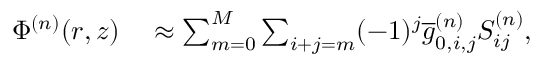
\begin{array} { r l } { \Phi ^ { ( n ) } ( r , z ) } & { { } \approx \sum _ { m = 0 } ^ { M } \sum _ { i + j = m } ( - 1 ) ^ { j } \overline { { g } } _ { 0 , i , j } ^ { ( n ) } S _ { i j } ^ { ( n ) } , } \end{array}